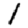
Digit: 1